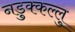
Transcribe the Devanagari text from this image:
नडुक्कल्लु